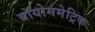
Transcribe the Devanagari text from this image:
बॉयोममेट्रिक